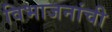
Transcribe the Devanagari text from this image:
विभाजनांची